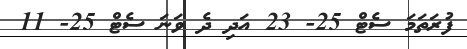
ފުރަތަމަ ސެޓް 25- 23 އަދި ދެ ވަނަ ސެޓް 25- 11